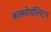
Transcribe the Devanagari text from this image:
कास्मोपॉलिटन